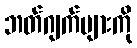
ဘတ်ဂျက်များကို